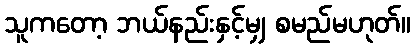
သူကတော့ ဘယ်နည်းနှင့်မျှ စမည်မဟုတ်။